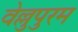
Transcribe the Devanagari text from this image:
वेल्लुपुरम